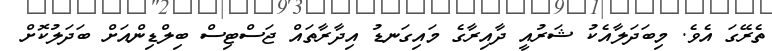
ތެރޭގަ އެވެ. މިބަދަލާއެކު ޝަރުއީ ދާއިރާގެ މައިގަނޑު އިދާރާތައް ޖަސްޓިސް ބިލްޑިންއަށް ބަދަލުކޮށް